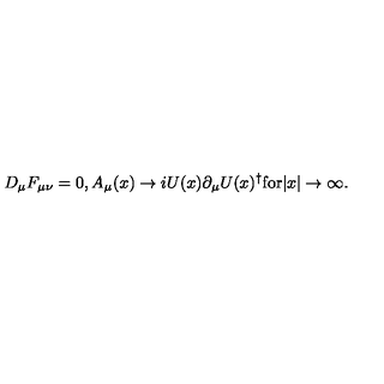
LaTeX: D _ { \mu } F _ { \mu \nu } = 0 , A _ { \mu } ( x ) \rightarrow i U ( x ) \partial _ { \mu } U ( x ) ^ { \dagger } \mathrm { f o r } | x | \rightarrow \infty .